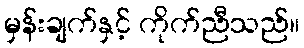
မှန်းချက်နှင့် ကိုက်ညီသည်။